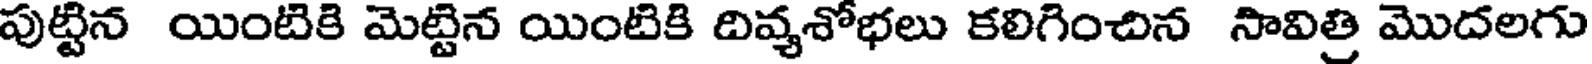
పుట్టిన యింటికి మెట్టిన యింటికి దివ్యశోభలు కలిగించిన సావిత్రి మొదలగు